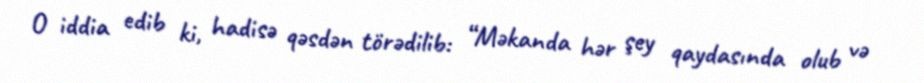
O iddia edib ki, hadisə qəsdən törədilib: “Məkanda hər şey qaydasında olub və